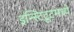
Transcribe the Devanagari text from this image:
इन्स्टिटूटमध्ये